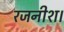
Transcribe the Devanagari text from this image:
रजनीश।